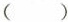
( )